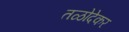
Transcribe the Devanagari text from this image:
तळोदेकर